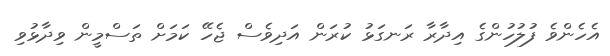
އެހެންވެ ފުލުހުންގެ އިދާރާ ރަނގަޅު ކުރަން އަދިވެސް ޖެހޭ ކަމަށް ތަސްމީން ވިދާޅުވި